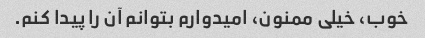
خوب، خیلی ممنون، امیدوارم بتوانم آن را پیدا کنم.